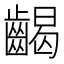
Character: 𪘹